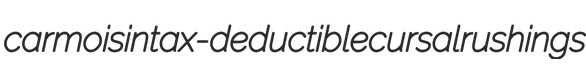
carmoisin tax-deductible cursal rushings